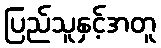
ပြည်သူနှင့်အတူ